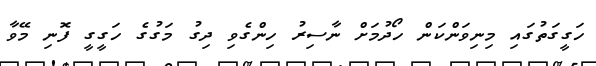
ހަގީގަތުގައި މިނިވަންކަން ހޯދުމަށް ނާސިރު ހިންގެވި ދިގު މަގުގެ ހަގީގީ ފޮނި މޭވާ